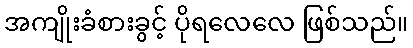
အကျိုးခံစားခွင့် ပိုရလေလေ ဖြစ်သည်။